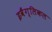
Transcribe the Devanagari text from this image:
इवैंग्लिकल